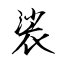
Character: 裟